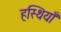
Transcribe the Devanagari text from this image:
हस्थियाँ